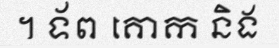
។ ទ័ព គោក និង